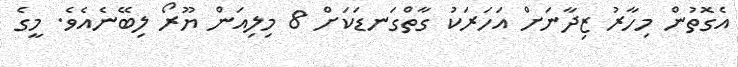
އެގޮތުން މިހާރު ޒިދާނަށް އަހަރަކު ގާތްގަނޑަކަށް 8 މިލިއަން ޔޫރޯ ލިބޭނެއެވެ. މީގެ